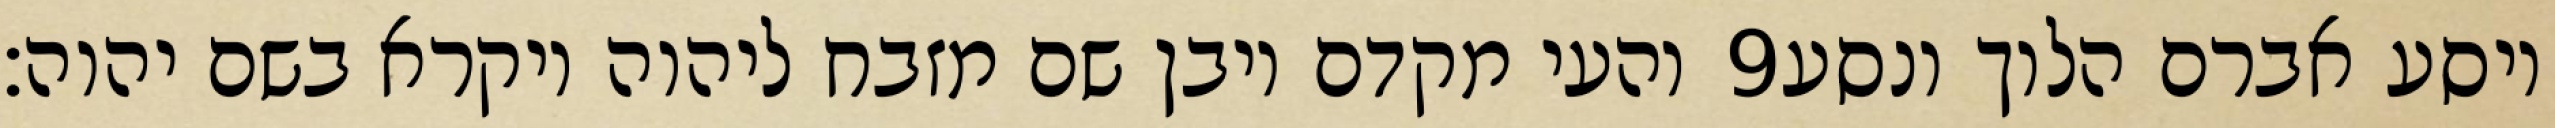
והעי מקדם ויבן שם מזבח ליהוה ויקרא בשם יהוה׃ ‎9‏ ויסע אברם הלוך ונסע